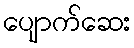
ပျောက်ဆေး